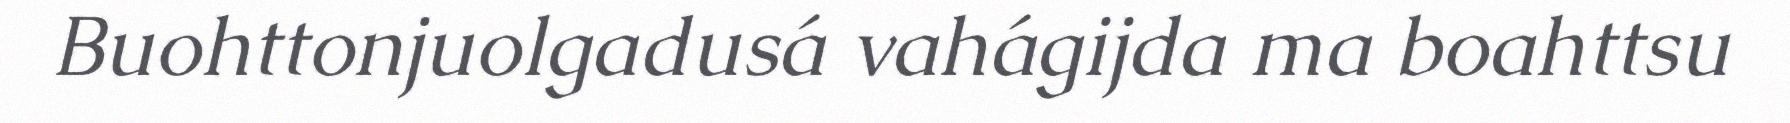
Buohttonjuolgadusá vahágijda ma boahttsu